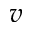
v